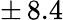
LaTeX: \pm\, 8.4